[Report on the health of British troops in the Madras command]
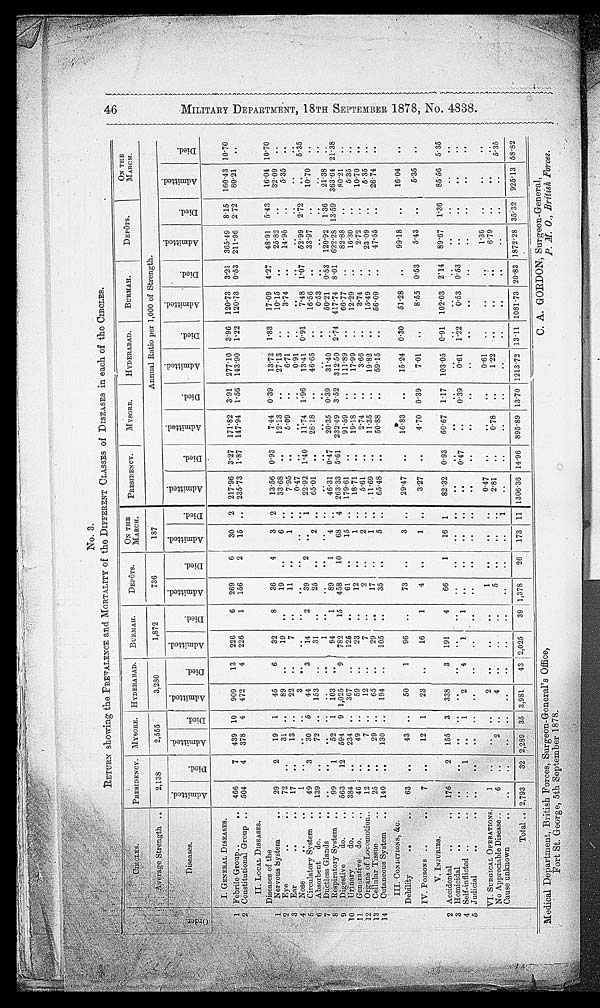
No. 3.
RETURN showing the PREVALENCE and MORTALITY Of the DIFFERENT CLASSES Of DISEASES in each of the CIRCLES.
O r d e r .
C I R C L E S
P R E S I D E N C Y .
M Y S O R E .
H Y D E R A B A D .
B U R M A H .
D E P Ô T S .
O N T H E M A R C H .
P R E S I D E N C Y .
M Y S O R E .
H Y D E R A B A D .
B U R M A H .
D E P Ô T S .
O N T H E M A R C H .
A v e r a g e S t r e n g h t
2 , 1 3 8
2 , 5 5 5
3 , 2 8 0
1 , 8 7 2
7 3 6
1 8 7
Annual Raito per 1,000 of Strength.
Di seases.
A d m i t t e d .
D i e d .
A d m i t t e d .
D i e d .
A d m i t t e d .
D i e d .
A d m i t t e d .
D i e d .
A d m i t t e d .
D i e d .
A d m i t t e d .
D i e d .
A d m i t t e d .
D i e d .
A d m i t t e d .
D i e d .
A d m i t t e d .
D i e d .
A d m i t t e d .
D i e d .
A d m i t t e d .
D i e d .
A d m i t t e d .
D i e d .
I. GENERAL DISEASES.
1 Febrile Group
4 6 6
7
4 3 9
1 0
9 0 9
1 3
2 2 6
6
2 6 9
6
3 0
2
2 1 7 · 9 6
3 · 2 7
1 7 1 · 8 2
3 · 9 1
2 7 7 · 1 0
3 · 9 6
1 2 0 · 7 3
3 · 2 1
3 6 5 · 4 9
8 · 1 5
1 6 0 · 4 3
1 0 · 7 0
2
Cons t i t ut i onal Gr oup
5 0 4
4
3 7 8
4
4 7 2
4
2 2 6
1
1 5 6
2
1 5
. .
2 3 5 · 7 3
1 · 8 7
1 4 7 · 9 4
1 · 5 6
1 4 3 · 9 0
1 · 2 2
1 2 0 · 7 3
0 · 5 3
2 1 1 · 9 6
2 · 7 2
8 0 · 2 1
. .
I I . L O C A L D I S E A S E S .
1
Di s eas es of t he Ner vous Sys t em
2 9
2
1 9
1
4 5
6
3 2
8
3 6
4
3
2
1 3 · 5 6
0 · 9 3
7 · 4 4
0 · 3 9
1 3 · 7 2
1 · 8 3
1 7 · 0 9
4 · 2 7
4 8 · 9 1
5 · 4 3
1 6 · 0 4
1 0 · 7 0
2
Eye
7 2
. .
3 1
. .
8 9
. .
1 9
. .
1 9
. .
6 . .
3 3 · 6 8
. .
1 2 · 1 3
. .
2 7 · 1 3
. . 1 0 · 1 5
. . 2 5 · 8 2
. . 3 2 · 0 9
. .
3
Ear
1 7
. .
1 3
. .
2 2
. .
7
. .
1 1
. .
1 . .
7 · 9 5
. .
5 · 0 9
. .
6 · 7 1
. .
3 · 7 4
. .
1 4 · 9 5
. .
5 · 3 5
. .
4 Nose
1
. .
. .
. .
3
. .
. .
. .
. .
. .
. .
. .
0 · 4 7
. .
. .
. .
0 · 9 1
. .
. .
. .
. .
. .
. .
. .
5
Circulatory System
4 9
3 3 0
5
4 4
3
1 4
2
3 9
2
. . 1
2 2 · 9 2
1 · 4 0
1 1 · 7 4
1 · 9 6
1 3 · 4 1
0 · 9 1
7 · 4 8
1 · 0 7
5 2 · 9 9
2 · 7 2
. .
5 · 3 5
6
Absorbent do.
1 3 9
. .
7 2
. . 1 5 3
. .
3 1
. .
2 5
. .
2 . .
6 5 · 0 1
. .
2 8 · 1 8
. .
4 6 · 6 5
. .
1 6 · 5 6
. .
3 3 · 9 7
. .
1 0 · 7 0
. .
7
D u c t l e s s G l a n d s
. .
. .
. .
. .
. .
. .
1
. .
. .
. .
. .
. .
. .
. .
. .
. .
. .
. .
0 · 5 3
. .
. .
. .
. .
. .
8
Respiratory System
9 9
1
5 2
1
1 0 3
. .
9 4
1
8 9
1
4 . .
4 6 · 3 1
0 · 4 7
2 0 · 3 5
0 · 3 9
3 1 · 4 0
. .
5 0 · 2 1
0 · 5 3
1 2 0 · 9 2
1 · 3 6
2 1 · 3 8
. .
9 D i g e s t i v e d o .
5 6 3
1 2
5 9 4
9 1 , 0 2 5
9
7 8 2
1 5
4 5 8
1 0
6 8
4
2 6 3 · 3 3
5 · 6 1
2 3 2 · 4 9
3 · 5 2
3 1 2 · 5 0
2 · 7 4
4 1 7 · 7 4
8 · 0 1
6 2 2 · 2 8
1 3 · 5 9
3 6 3 · 6 4
2 1 · 3 8
1 0
Urinary do.
3 8 4
. .
2 3 4
. .
3 6 7
. .
1 2 5
. .
6 1
. .
1 5 . .
1 7 9 · 6 1
. .
9 1 · 5 9
. .
1 1 1 · 8 9
. .
6 6 · 7 7
. .
8 2 · 8 8
. .
8 0 · 2 1
. .
1 1
Generative do.
4 0
. .
4 9
. .
5 9
. .
2 3
. .
1 2
. .
1 . .
1 8 · 7 1
. .
1 9 · 1 8
. .
1 7 · 9 9
. .
1 2 · 2 9
. .
1 6 · 3 0
. .
5 · 3 5
. .
1 2 Organs of Locomotion
1 2
. .
7 . .
1 2
. .
7
. .
2
. .
2 . .
5 · 6 1
. .
2 · 7 4
. .
3 · 6 6
. .
3 · 7 4
. .
2 · 7 2
. .
1 · 7 0
. .
1 3
Cellular Tissue
2 5
. .
2 9
. .
6 5
. .
2 9
. .
1 7
. .
1 . .
1 1 · 6 9
. .
1 1 · 3 5
. .
1 9 · 8 2
. .
1 5 · 4 9
. .
2 3 · 0 9
. .
5 · 3 5
. .
1 4
Cutaneous System
1 4 0
. .
1 3 0
. .
1 9 4
. .
1 0 5
. .
3 5
. .
5 . .
6 5 · 4 8
. .
5 0 · 8 8
. .
5 9 · 1 5
. .
5 6 · 0 9
. .
4 7 · 5 5
. .
2 6 · 7 4
. .
I I I . CONDI TI ONS, &c.
Debility
6 3
. .
4 3
. .
5 0
1
9 6
. .
7 3
. .
3 . .
2 9 · 4 7
. .
1 6 · 8 3
. .
1 5 · 2 4
0 · 3 0
5 1 · 2 8
. .
9 9 · 1 8
. .
1 6 · 0 4
. .
IV. POISONS
7
. .
1 2
1
2 3
. .
1 6
1
4
. .
1 . .
3 · 2 7
. .
4 · 7 0
0 · 3 9
7 · 0 1
. .
8 · 5 5
0 · 5 3
5 · 4 3
. .
5 · 3 5
. .
V . I N J U R I E S .
2 Accidental
1 7 6
2
1 5 5
3
3 3 8
3
1 9 1
4
6 6
1
1 6
1
8 2 · 3 2
0 · 9 3
6 0 · 6 7
1 · 1 7
1 0 3 · 0 5
0 · 9 1
1 0 2 · 0 3
2 · 1 4
8 9 · 6 7
1 · 3 6
8 5 · 5 6
5 · 3 5
3 Homicidal
. .
. .
. .
. .
. .
. .
. .
. .
. .
. .
. .
. .
. .
. .
. .
. .
. .
. .
. .
. .
. .
. .
. .
. .
4 S e l f - i n f l i c t e d
. .
1
. .
1
2
4
1
1
. .
. .
. .
. .
. .
0 · 4 7
. .
0 · 3 9
0 · 6 1
1 · 2 2
0 · 5 3
0 · 5 3
. .
. .
. .
. .
5 Judicial
. .
. .
. .
. .
. .
. .
. .
. .
. .
. .
. .
. .
. .
. .
. .
. .
. .
. .
. .
. .
. .
. .
. .
. .
VI. SURGICAL OPERATIONS.
1
. .
. .
. . 2
. .
. .
. .
1
. .
. .
. .
0 · 4 7
. .
. .
. .
0 · 6 1
. .
. .
. .
1 · 3 6
. .
. .
. .
No Appreciable Disease
6
. .
2 . . 4
. .
. .
. .
5
. .
. .
. .
2 · 8 1
. .
0 · 7 8
. .
1 · 2 2
. .
. .
. .
6 · 7 9
. .
. .
. .
Cause unknown
. .
. .
. .
. .
. .
. .
. .
. .
. .
. .
. .
1
. .
. .
. .
. .
. .
. .
. .
. .
. .
. .
. .
5 · 3 5
T o t a l
2 , 7 9 3
3 2
2 , 2 8 9
3 5
3 , 9 8 1
4 3
2 , 0 2 5
3 9
1 , 3 7 8
2 6
1 7 3
1 1 1 3 0 6 · 3 6
1 4 · 9 6
8 9 5 · 8 9
1 3 · 7 0
1 2 1 3 · 7 2
1 3 · 1 1
1 0 8 1 · 7 3
2 0 · 8 3
1 8 7 2 · 2 8
3 5 · 3 2
9 2 5 · 1 3
5 8 · 8 2
Medical Department, British Forces, Surgeon-General's Office,
C. A. GORDON; Surgeon-General,
Fort St. George, 5th September 1878.
P. M. O., British Forces.
4 6 M I L I T A R Y D E P A R T M E N T , 1 8 T H S E P T E M B E R 1 8 7 8 , N o . 4 8 3 8 .